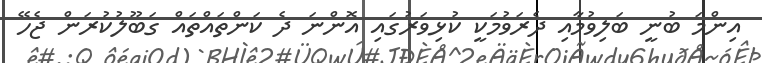
އިންމަ ބުނީ ބަލިވުމާއި ދެރަވުމަކީ ކުޅިވަރުގައި އޮންނަ ދެ ކަންތައްތައް ގަބޫލުކުރަން ޖެހޭ